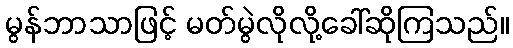
မွန်ဘာသာဖြင့် မတ်မွဲလိုလို့ခေါ်ဆိုကြသည်။